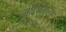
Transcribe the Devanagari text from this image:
नोंदणीकरता